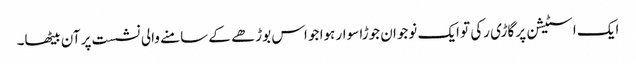
ایک اسٹیشن پر گاڑی رکی تو ایک نوجوان جوڑا سوار ہوا جو اس بوڑھے کے سامنے والی نشست پر آن بیٹھا۔